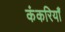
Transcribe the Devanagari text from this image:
कंकरियाँ